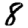
Digit: 8